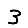
Digit: 3